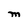
Character: M